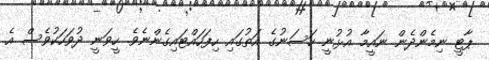
ޕާޓީ ނިމެންދެން ނައީމާ އުޅުނީ ހަސަނުގެ އަތުގައި ހިފަހައްޓައިގެންނެވެ. ހީވަނީ ދުވަހަކުވެސް އެ